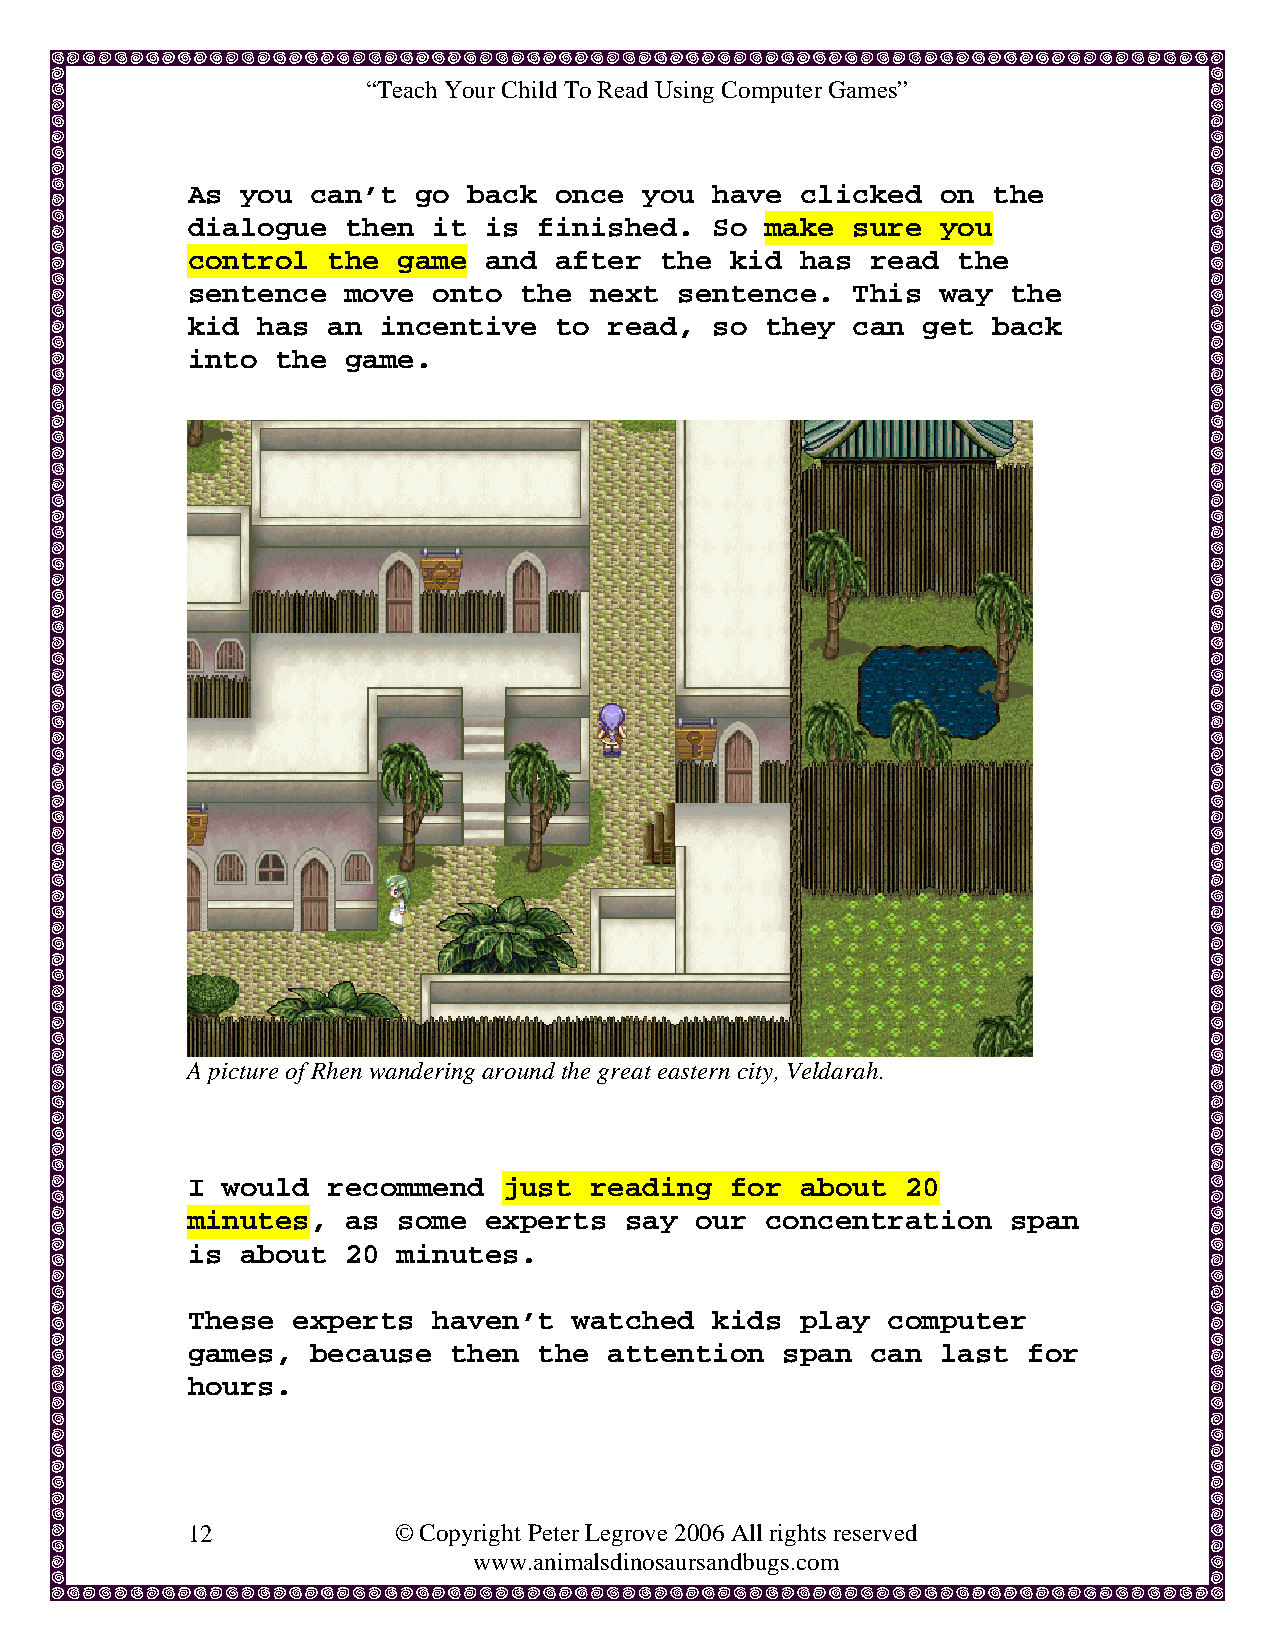
“Teach Your Child To Read Using Computer Games”
 As  you  can’t go  back  once  you have  clicked  on  the
 dialogue   then  it is  finished.  So  make sure  you
 control   the game  and  after  the kid  has  read the
 sentence   move  onto the  next  sentence.  This  way  the
 kid  has  an incentive   to read,  so  they can  get  back
 into  the  game.
 A picture of Rhen wandering around the great eastern city, Veldarah.
 I  would  recommend  just  reading  for  about  20
 minutes,   as some  experts  say  our  concentration   span
 is  about  20 minutes.
 These  experts   haven’t  watched  kids  play  computer
 games,   because  then  the attention   span  can last  for
 hours.
 12            © Copyright Peter Legrove 2006 All rights reserved
 www.animalsdinosaursandbugs.com